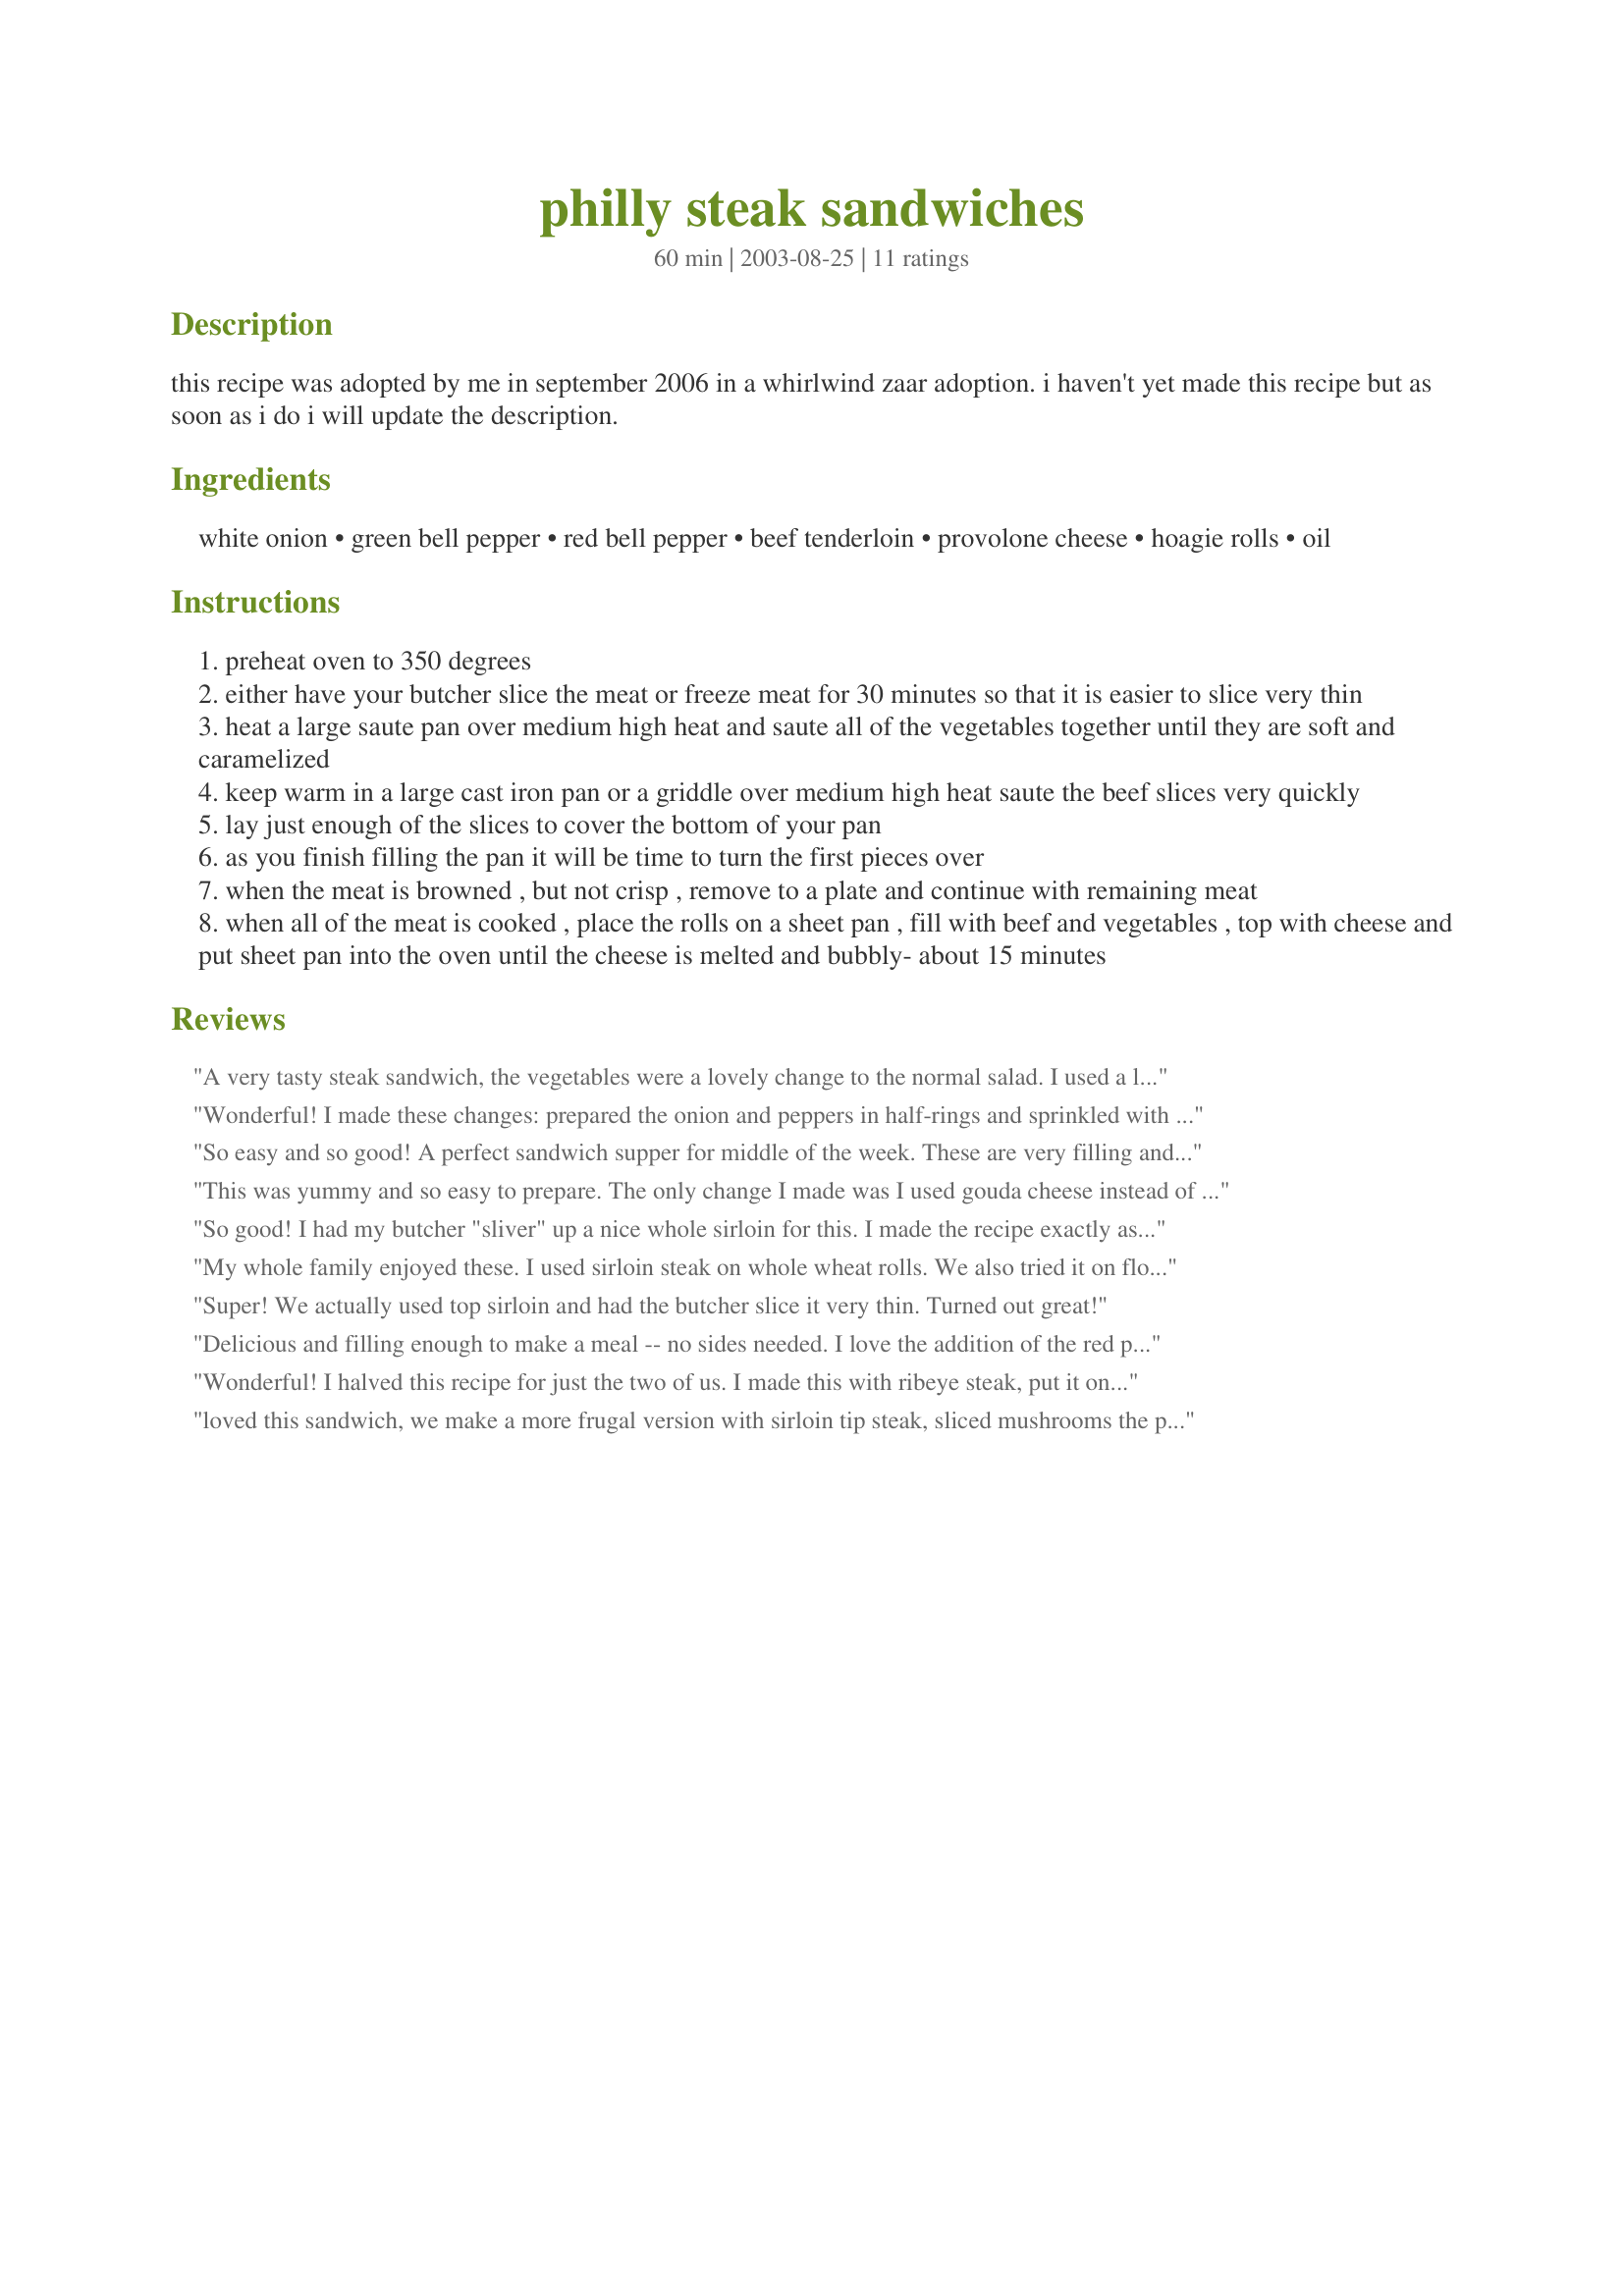
philly steak sandwiches
Preparation time: 60 minutes

this recipe was adopted by me in september 2006 in a whirlwind zaar adoption. i haven't yet made this recipe but as soon as i do i will update the description.

Ingredients:
white onion, green bell pepper, red bell pepper, beef tenderloin, provolone cheese, hoagie rolls, oil

Steps:
preheat oven to 350 degrees
either have your butcher slice the meat or freeze meat for 30 minutes so that it is easier to slice very thin
heat a large saute pan over medium high heat and saute all of the vegetables together until they are soft and caramelized
keep warm in a large cast iron pan or a griddle over medium high heat saute the beef slices very quickly
lay just enough of the slices to cover the bottom of your pan
as you finish filling the pan it will be time to turn the first pieces over
when the meat is browned , but not crisp , remove to a plate and continue with remaining meat
when all of the meat is cooked , place the rolls on a sheet pan , fill with beef and vegetables , top with cheese and put sheet pan into the oven until the cheese is melted and bubbly- about 15 minutes

Reviews:
A very tasty steak sandwich, the vegetables were a lovely change to the normal salad. I used a local smoked cheese which also went down well. I think this is something I would do again when my grandkids come to visit.
Wonderful! I made these changes: prepared the onion and peppers in half-rings and sprinkled with a garlic and oregano oil and vinegar on their half of the sandwich before the baking. Next time, to help keep the textures separate, I will brush the bread with this first, toast a bit, and then proceed. At serving time, I added shredded lettuce for some cold crunch. This will be great to serve at a casual gathering--so easy!
So easy and so good! A perfect sandwich supper for middle of the week. These are very filling and are a meal-in-one sandwiches which we enjoyed. Thanks for sharing!
This was yummy and so easy to prepare. The only change I made was I used gouda cheese instead of provolone. DH just loved it. I will certainly be making this one again. Thanks for posting Mean.
So good! I had my butcher "sliver" up a nice whole sirloin for this. I made the recipe exactly as written, except that I did season the meat with a bit of Cajun Seasoning.(Just personal tastes.) Used hoagie rolls, and smoked provolone from the deli. My boys LOVED these!! We had no leftovers! This made a perfect quick and delicious Friday night dinner with some home-made cole slaw, and chips!Thanks bmxmama, we'll add this to our regular list of week end favorites!!
My whole family enjoyed these. I used sirloin steak on whole wheat rolls. We also tried it on flour tortilla which was also good. I will be making this again.
Super! We actually used top sirloin and had the butcher slice it very thin. Turned out great!
Delicious and filling enough to make a meal -- no sides needed. I love the addition of the red peppers as I prefer them to green ones. I think the bread you choose is important too -- we get special ones at a local market that are especially light. Thinly sliced meat, oodles of melted cheese and tasty veggies tucked between some warm bread -- what else could you possibly want? :)
Wonderful! I halved this recipe for just the two of us. I made this with ribeye steak, put it on 2 seeded french baguettes, and to save time, microwaved the sandwiches (wrapped in paper towel) for 45 seconds at high to melt the cheese, instead of doing the oven step. (I promise to pop them in the oven next time, Meanie!) I did use the smoked provolone, which added tremendous flavor to the sandwich. 
These will be made a lot at my house! Thanks, MC!
loved this sandwich, we make a more frugal version with sirloin tip steak, sliced mushrooms the peppers, onions and mozzarella
We made these last night and we enjoyed them. I didnt have provolone so I used swiss cheese but they were still good. Thank you for sharing, I will make these again as they are DH's favorite sandwich.
